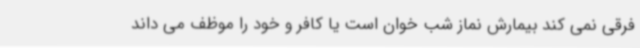
فرقی نمی کند بیمارش نماز شب خوان است یا کافر و خود را موظف می داند